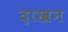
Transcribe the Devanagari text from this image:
दाखन